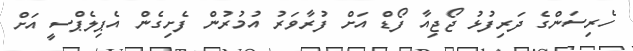
ހެރިސަންގެ ދަރިފުޅު ޖޯޖިއާ ފޯޑް އަށް ފުރާވަރު އުމުރުން ފެށިގެން އެޕިލެޕްސީ އަށް